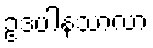
ဥဒပါနသာလာ